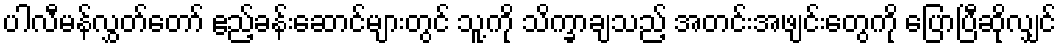
ပါလီမန်လွှတ်တော် ဧည့်ခန်းဆောင်များတွင် သူ့ကို သိက္ခာချသည့် အတင်းအဖျင်းတွေကို ပြောပြီဆိုလျှင်